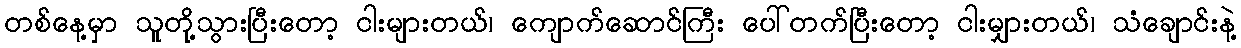
တစ်နေ့မှာ သူတို့သွားပြီးတော့ ငါးများတယ်၊ ကျောက်ဆောင်ကြီး ပေါ်တက်ပြီးတော့ ငါးမျှားတယ်၊ သံချောင်းနဲ့